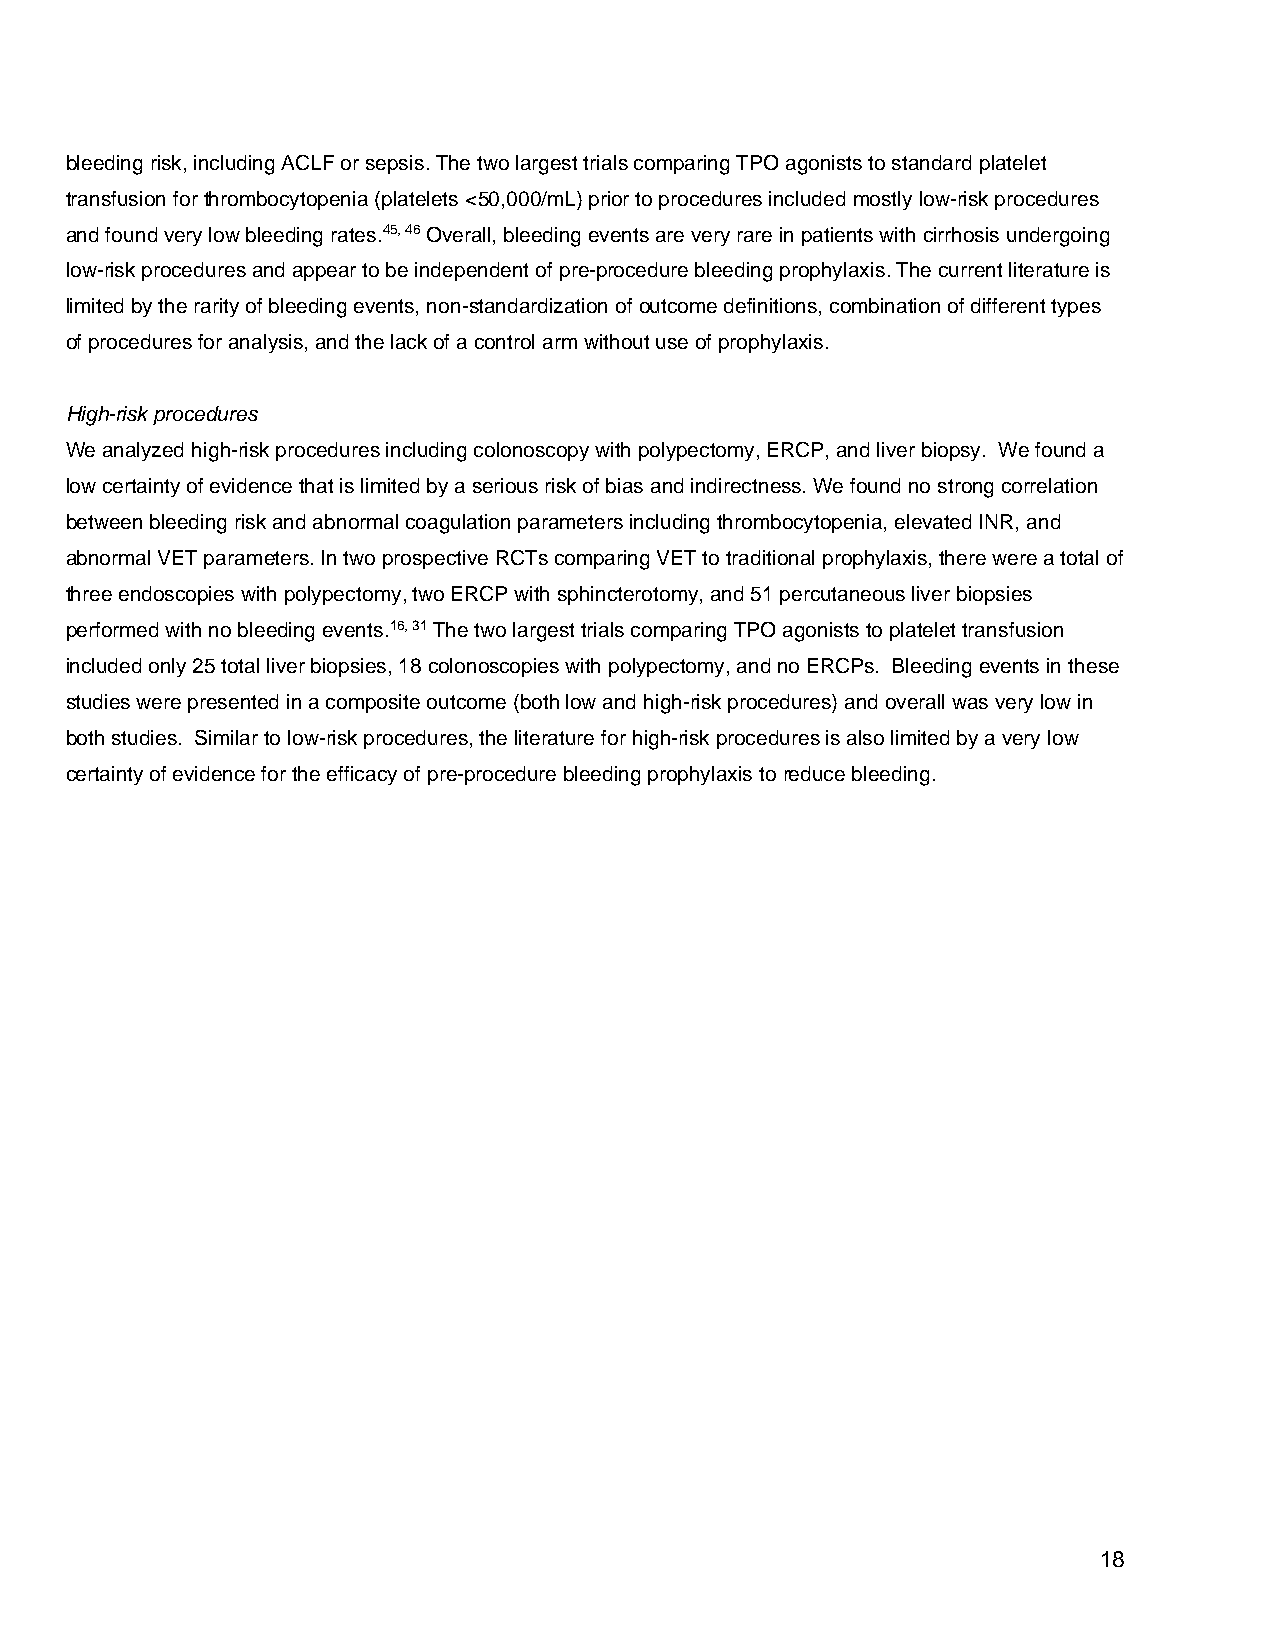
bleeding risk, including ACLF or sepsis. The two largest trials comparing TPO agonists to standard platelet
 transfusion for thrombocytopenia (platelets <50,000/mL) prior to procedures included mostly low-risk procedures
 and found very low bleeding rates.45, 46 Overall, bleeding events are very rare in patients with cirrhosis undergoing
 low-risk procedures and appear to be independent of pre-procedure bleeding prophylaxis. The current literature is
 limited by the rarity of bleeding events, non-standardization of outcome definitions, combination of different types
 of procedures for analysis, and the lack of a control arm without use of prophylaxis.
 High-risk procedures
 We analyzed high-risk procedures including colonoscopy with polypectomy, ERCP, and liver biopsy. We found a
 low certainty of evidence that is limited by a serious risk of bias and indirectness. We found no strong correlation
 between bleeding risk and abnormal coagulation parameters including thrombocytopenia, elevated INR, and
 abnormal VET parameters. In two prospective RCTs comparing VET to traditional prophylaxis, there were a total of
 three endoscopies with polypectomy, two ERCP with sphincterotomy, and 51 percutaneous liver biopsies
 performed with no bleeding events.16, 31 The two largest trials comparing TPO agonists to platelet transfusion
 included only 25 total liver biopsies, 18 colonoscopies with polypectomy, and no ERCPs. Bleeding events in these
 studies were presented in a composite outcome (both low and high-risk procedures) and overall was very low in
 both studies. Similar to low-risk procedures, the literature for high-risk procedures is also limited by a very low
 certainty of evidence for the efficacy of pre-procedure bleeding prophylaxis to reduce bleeding.
 18